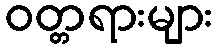
ဝတ္တရားများ